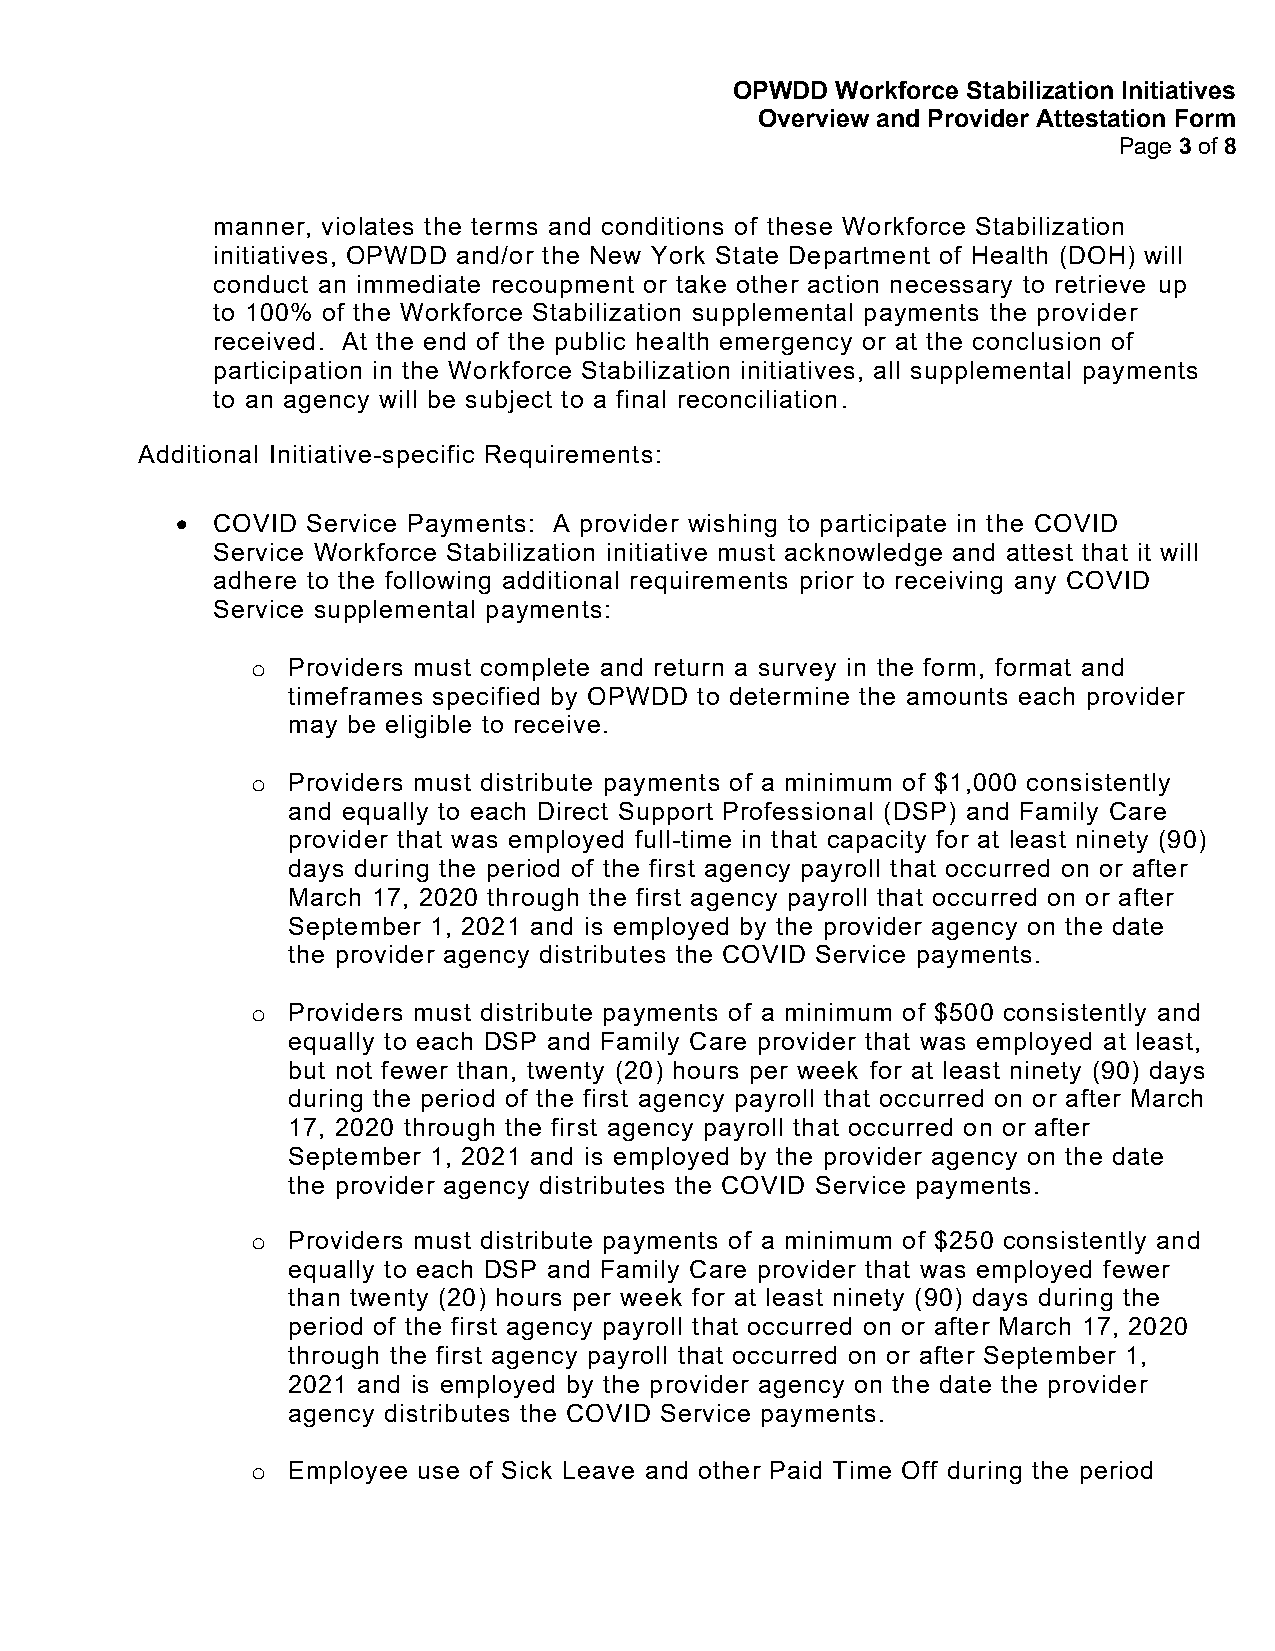
OPWDD Workforce Stabilization Initiatives
 Overview and Provider Attestation Form
 Page 3 of 8
 manner, violates the terms and conditions of these Workforce Stabilization
 initiatives, OPWDD and/or the New York State Department of Health (DOH) will
 conduct an immediate recoupment or take other action necessary to retrieve up
 to 100% of the Workforce Stabilization supplemental payments the provider
 received. At the end of the public health emergency or at the conclusion of
 participation in the Workforce Stabilization initiatives, all supplemental payments
 to an agency will be subject to a final reconciliation.
 Additional Initiative-specific Requirements:
 • COVID Service Payments: A provider wishing to participate in the COVID
 Service Workforce Stabilization initiative must acknowledge and attest that it will
 adhere to the following additional requirements prior to receiving any COVID
 Service supplemental payments:
 o Providers must complete and return a survey in the form, format and
 timeframes specified by OPWDD to determine the amounts each provider
 may be eligible to receive.
 o Providers must distribute payments of a minimum of $1,000 consistently
 and equally to each Direct Support Professional (DSP) and Family Care
 provider that was employed full-time in that capacity for at least ninety (90)
 days during the period of the first agency payroll that occurred on or after
 March 17, 2020 through the first agency payroll that occurred on or after
 September 1, 2021 and is employed by the provider agency on the date
 the provider agency distributes the COVID Service payments.
 o Providers must distribute payments of a minimum of $500 consistently and
 equally to each DSP and Family Care provider that was employed at least,
 but not fewer than, twenty (20) hours per week for at least ninety (90) days
 during the period of the first agency payroll that occurred on or after March
 17, 2020 through the first agency payroll that occurred on or after
 September 1, 2021 and is employed by the provider agency on the date
 the provider agency distributes the COVID Service payments.
 o Providers must distribute payments of a minimum of $250 consistently and
 equally to each DSP and Family Care provider that was employed fewer
 than twenty (20) hours per week for at least ninety (90) days during the
 period of the first agency payroll that occurred on or after March 17, 2020
 through the first agency payroll that occurred on or after September 1,
 2021 and is employed by the provider agency on the date the provider
 agency distributes the COVID Service payments.
 o Employee use of Sick Leave and other Paid Time Off during the period